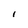
Character: I